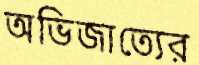
অভিজাত্যের